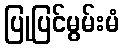
ပြုပြင်မွမ်းမံ